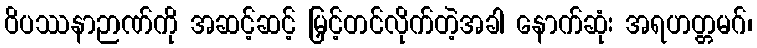
ဝိပဿနာဉာဏ်ကို အဆင့်ဆင့် မြှင့်တင်လိုက်တဲ့အခါ နောက်ဆုံး အရဟတ္တမဂ်၊